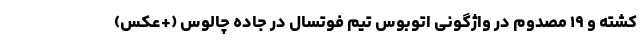
کشته و ۱۹ مصدوم در واژگونی اتوبوس تیم فوتسال در جاده چالوس (+عکس)